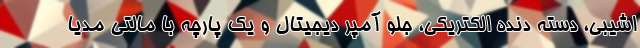
اشیبی، دسته دنده الکتریکی، جلو آمپر دیجیتال و یک پارچه با مالتی مدیا